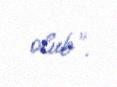
olub".